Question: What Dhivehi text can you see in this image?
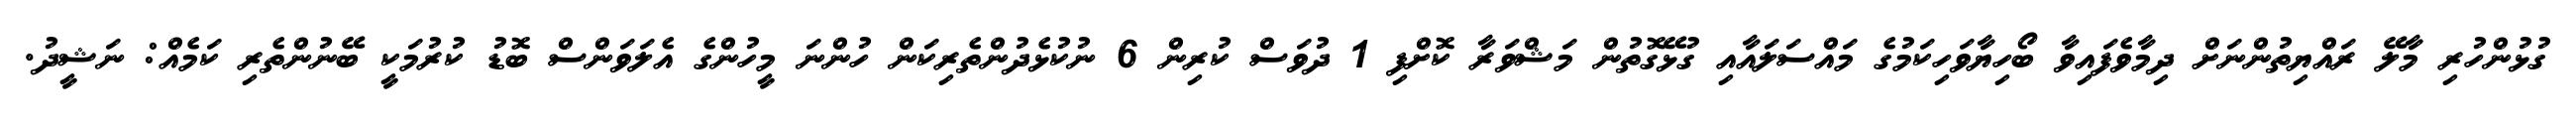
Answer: ގުޅުންހުރި މާލޭ ރައްޔިތުންނަށް ދިމާވެފައިވާ ބޯހިޔާވަހިކަމުގެ މައްސަލައާއި ގުޅޭގޮތުން މަޝްވަރާ ކޮށްފި 1 ދުވަސް ކުރިން 6 ނުކުޅެދުންތެރިކަން ހުންނަ މީހުންގެ އެލަވަންސް ބޮޑު ކުރުމަކީ ބޭނުންތެރި ކަމެއް: ނަޝީދު.